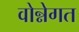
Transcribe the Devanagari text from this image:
वोन्नेगत